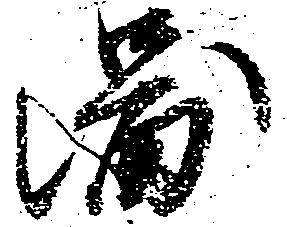
図